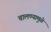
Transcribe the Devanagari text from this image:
चालण्यामुळे